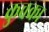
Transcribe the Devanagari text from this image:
कुचका